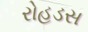
રોહડસ